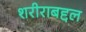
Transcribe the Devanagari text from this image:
शरीराबद्दल